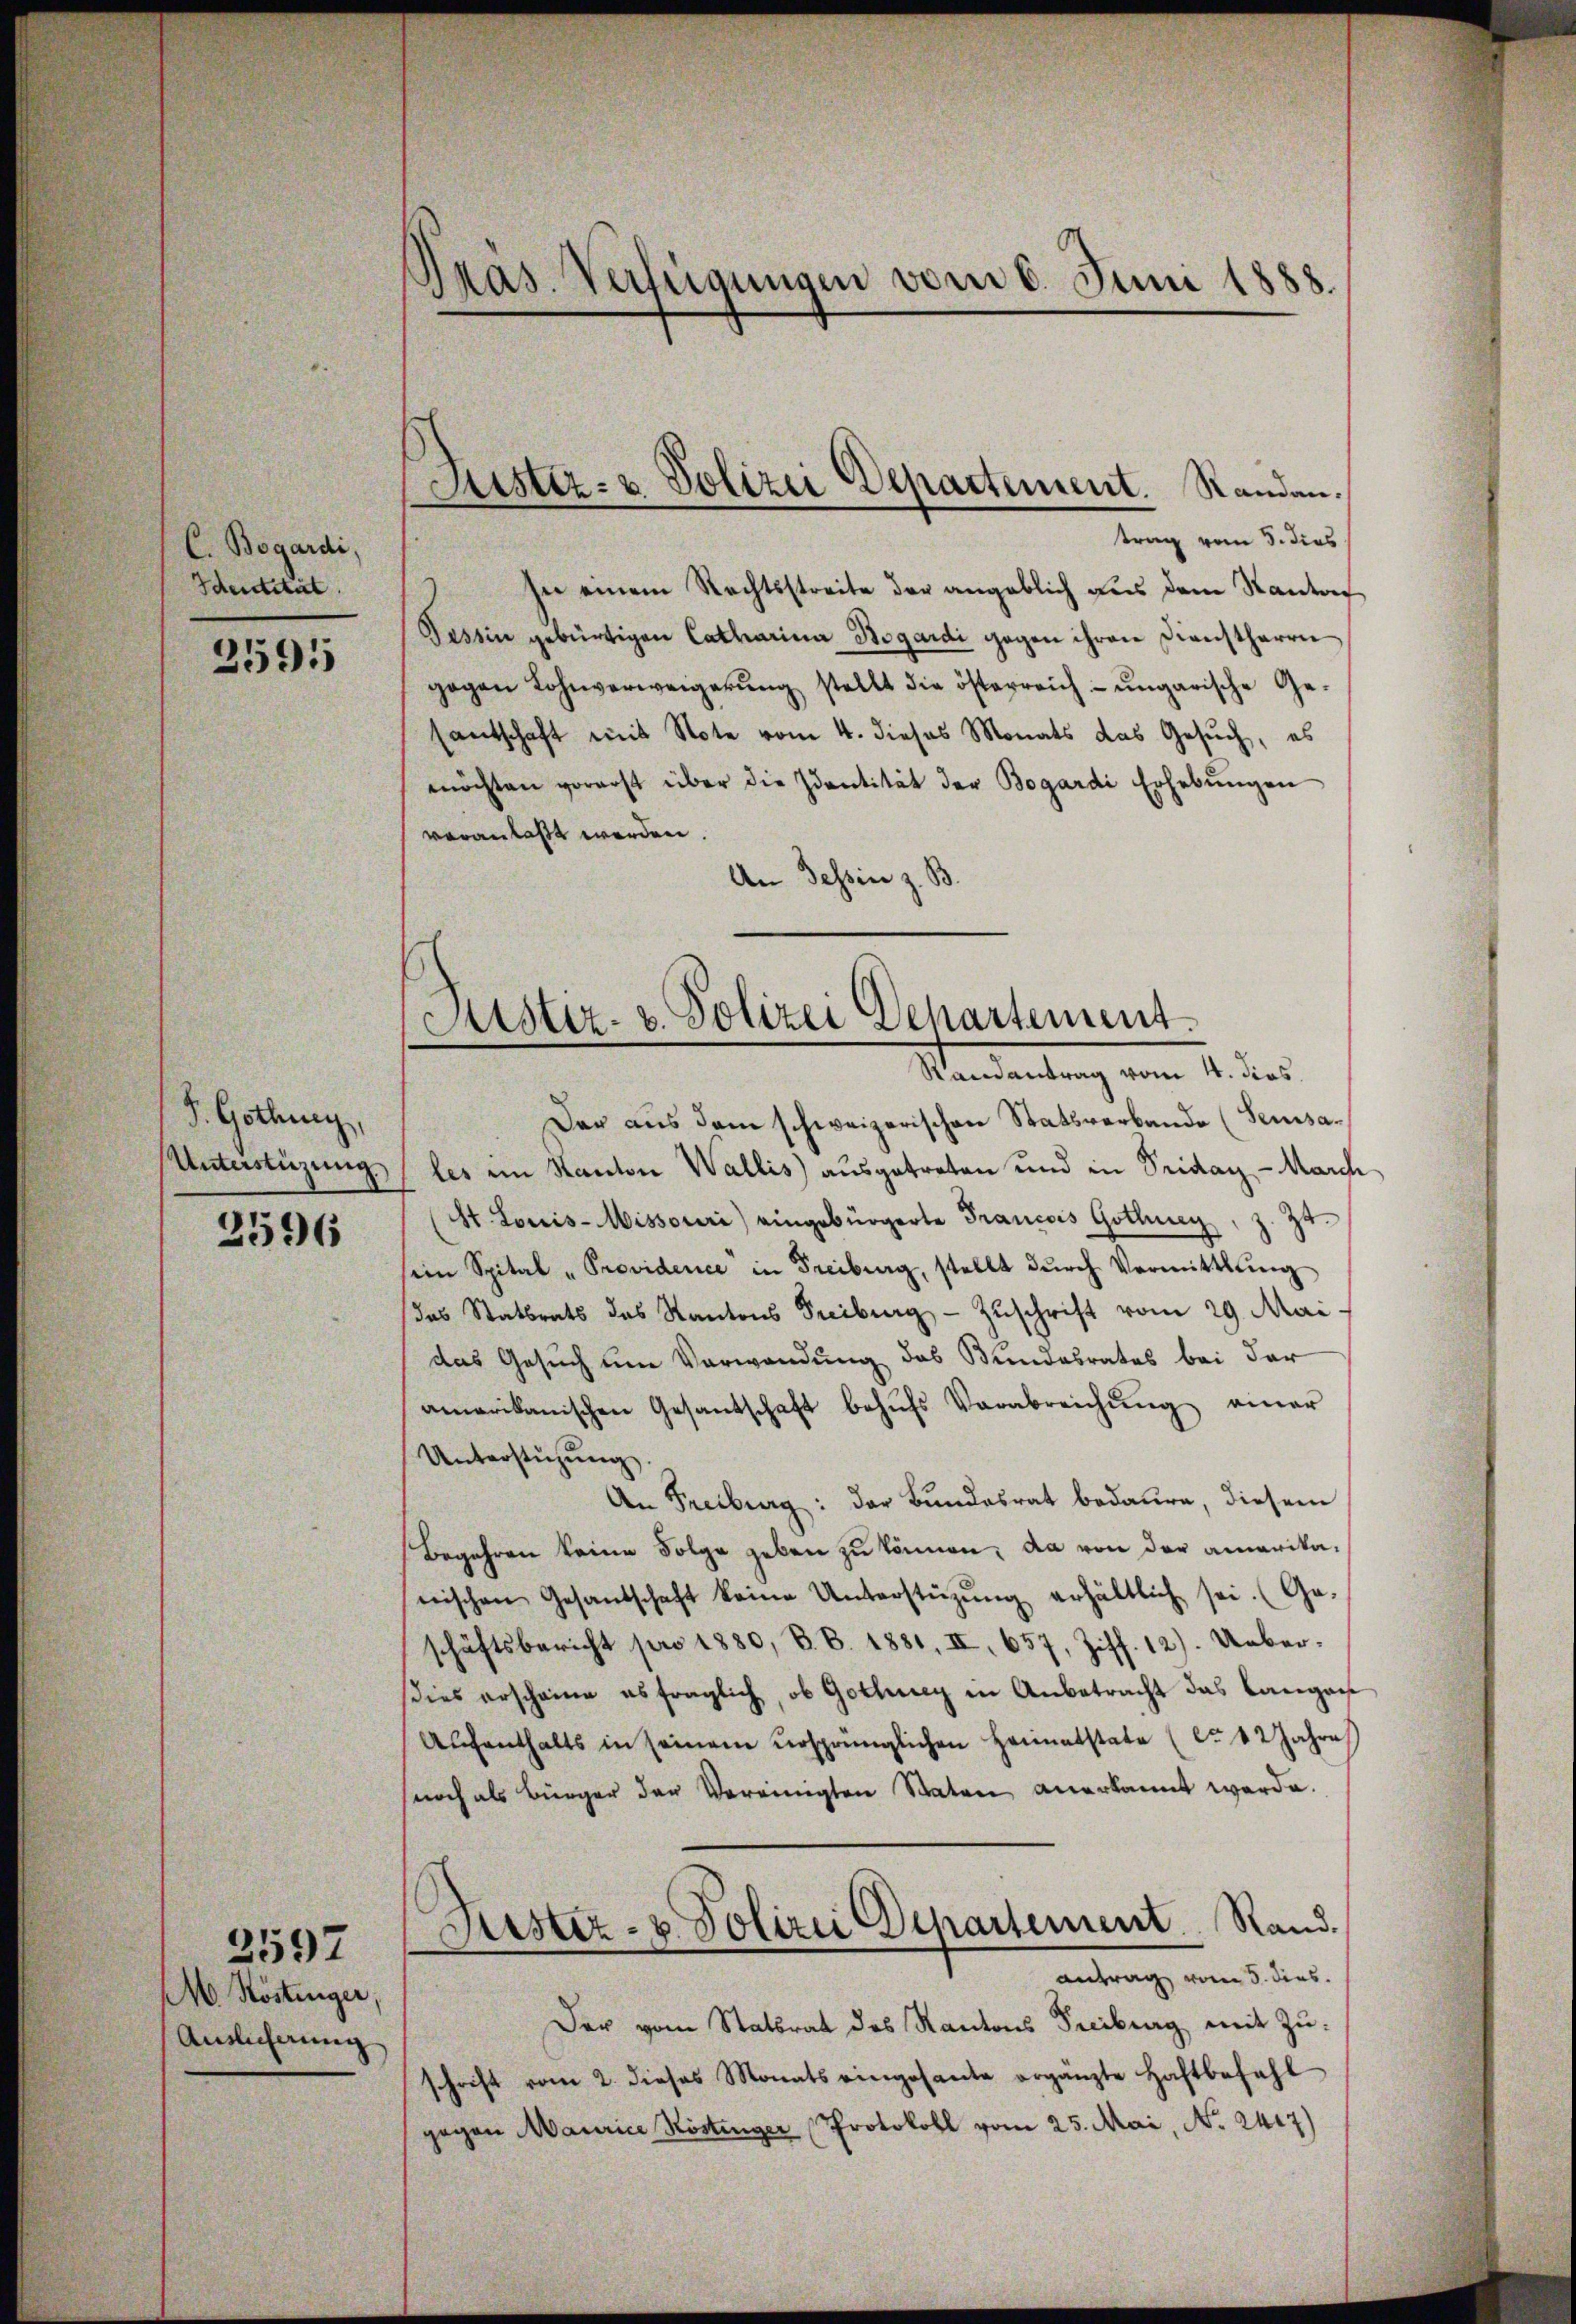
C. Begardi,
Identität

2591

S. Gothing,
Unterstüzung

2596

M. Köstinger,
Auslicherung

2597

Pras. Verfügungen vom 6. Juni 1888.

Justiz- & Polizei Departement. Standen.

trag vom 5. dies
In einem Rechtsstreite der angeblich aus dem Kanton
Tessin gebürtigen Catharina Sogardi gegen ihren Dienstherrn
gegen Lohnverweigerŭng stellt die österreich- ungarische Ge-
santschaft mit Note vom 4. dieses Monats das Gesŭch, es
möchten vorerst über die Identität der Bogardi Erhebŭngen
veranlaßt werden.
An Tessin z. B

Justiz- u. Polizei Dehartement
Randantrag vom 4. dies

Der aus dem schweizerischen Statsverbande (Sensales im Kanton Wallis ausgetreten und in Priday - March
(St. Louis-Missouri) eingebürgerte Francois Gottung, z. Zu
ein Spital "Providence in Freiburg, stellt dŭrch Vermittlung
das Stattrats des Kantons Freiburg - Zŭschrift vom 29. Mai.
das Gesuch um Verwendung das Bundesrates bei der
amerikanischen Gesandschaft behŭfs Verabreichŭng einer
Unterstüzung
An Freiburg: der Bundesrat bedaure, diesem
Begehren keine Folge geben zu können, da von der amerika-
nischen Gesandschaft keine Unterstützŭng erhältlich sei. (Ge-
schäftsbericht pro 1880, V. B. 1881, II 657, Ziff. 12). Ueber-
dies erscheine es fraglich, ob Gothey in Anbetracht das Langen
Aŭfenthalts in seinem ursprünglichen Heimatstate (C. 12 Jahre
noch als Bürger der Vereinigten Staten anerkannt werde.
Fister- & Polizei Departement Rand.
antrag vom 5. dies
Der vom Statsrat des Kantons Treiburg mit Zuschrift vom 2. dieses Monats eingesante ergänzte Haftbefahl
gegen Maurice Röstinger Protokoll vom 25. Mai, No. 2407)